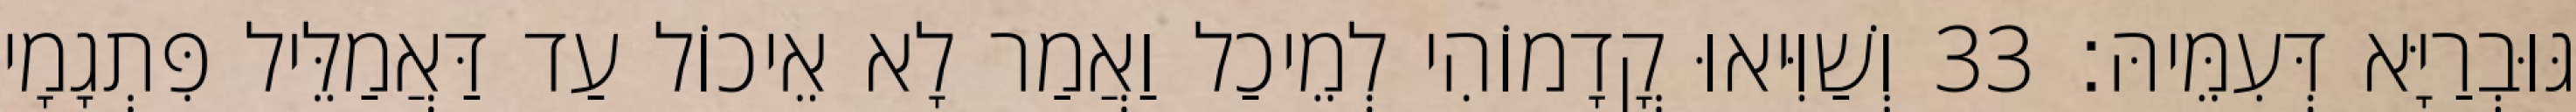
גּוּבְרַיָּא דְּעִמֵּיהּ׃ 33 וְשַׁוִּיאוּ קֳדָמוֹהִי לְמֵיכַל וַאֲמַר לָא אֵיכוֹל עַד דַּאֲמַלֵּיל פִּתְגָמָי